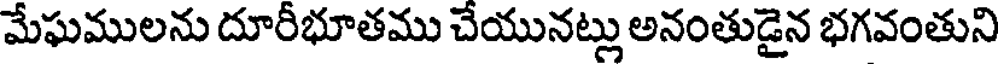
మేఘములను దూరీభూతము చేయునట్లు అనంతుడైన భగవంతుని